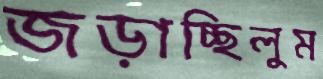
জড়াচ্ছিলুম